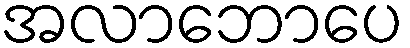
အလာဘောပေ